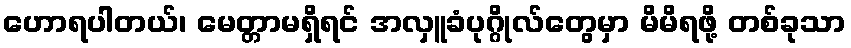
ဟောရပါတယ်၊ မေတ္တာမရှိရင် အလှူခံပုဂ္ဂိုလ်တွေမှာ မိမိရဖို့ တစ်ခုသာ